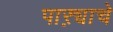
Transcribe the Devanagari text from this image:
पाऱ्याचे